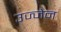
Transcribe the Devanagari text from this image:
उज्‍जेन